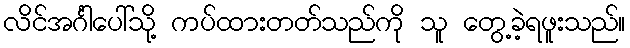
လိင်အင်္ဂါပေါ်သို့ ကပ်ထားတတ်သည်ကို သူ တွေ့ခဲ့ရဖူးသည်။